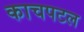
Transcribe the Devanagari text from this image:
काचपटल